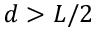
d > L / 2